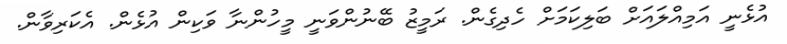
އުޅެނީ އަމިއްލައަށް ބަލިކަމަށް ހެދިގެން. ރަމީޒު ބޭނުންވަނީ މީހުންނާ ވަކިން އުޅެން. އެކަރިވާން.